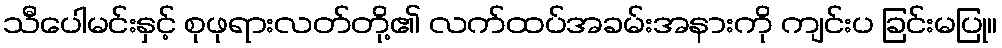
သီပေါမင်းနှင့် စုဖုရားလတ်တို့၏ လက်ထပ်အခမ်းအနားကို ကျင်းပ ခြင်းမပြု။